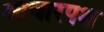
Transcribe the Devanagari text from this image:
आचारपक्ष